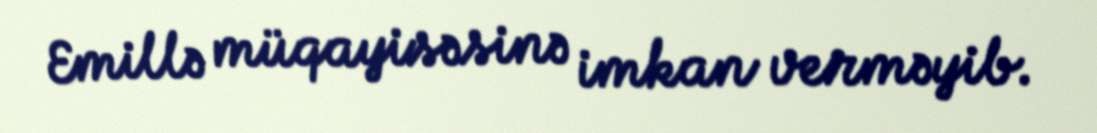
Emillə müqayisəsinə imkan verməyib.